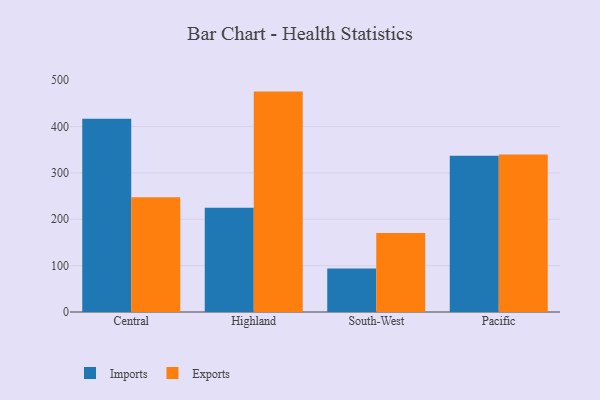
{"axis": {"x": "Region", "y": "Market Share (%)"}, "legend": ["Exports", "Imports"], "data": [{"x": "Central", "y": 417.1, "type": "Imports"}, {"x": "Central", "y": 247.7, "type": "Exports"}, {"x": "Highland", "y": 224.7, "type": "Imports"}, {"x": "Highland", "y": 475.4, "type": "Exports"}, {"x": "South-West", "y": 93.9, "type": "Imports"}, {"x": "South-West", "y": 170.6, "type": "Exports"}, {"x": "Pacific", "y": 337.0, "type": "Imports"}, {"x": "Pacific", "y": 339.8, "type": "Exports"}]}